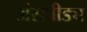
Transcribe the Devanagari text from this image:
अंसपीड्य